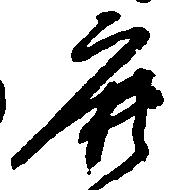
鹿